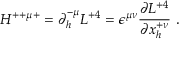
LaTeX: H ^ { + + \mu + } = \partial _ { h } ^ { - \mu } { \cal L } ^ { + 4 } = \epsilon ^ { \mu \nu } { \frac { \partial { { \cal L } ^ { + 4 } } } { \partial { x _ { h } ^ { + \nu } } } } \ .